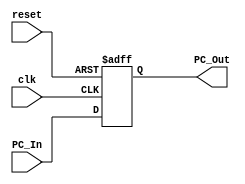
`timescale 1ns / 1ps
//////////////////////////////////////////////////////////////////////////////////
// Company: 
// Engineer: 
// 
// Design Name: 
// Module Name: Program_counter
// Project Name: 
// Target Devices: 
// Tool Versions: 
// Description: 
// 
// Dependencies: 
// 
// Revision:
// Revision 0.01 - File Created
// Additional Comments:
// 
//////////////////////////////////////////////////////////////////////////////////


module Program_Counter
(
	input clk,reset,
	input [63:0] PC_In,
	output reg [63:0] PC_Out
);

	initial 
	PC_Out=64'd0;

	always @ (posedge clk or posedge reset)
	begin
		if (reset)
			PC_Out=64'd0;
		else
			PC_Out=PC_In;
	end

endmodule